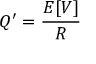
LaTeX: Q ^ { \prime } = { \frac { E [ V ] } { R } }